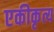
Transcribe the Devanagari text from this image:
एकीकृत्य